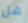
هل